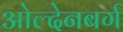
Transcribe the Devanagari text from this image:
ओल्देनबर्ग